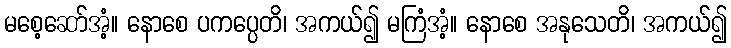
မစေ့ဆော်အံ့။ နောစေ ပကပ္ပေတိ၊ အကယ်၍ မကြံအံ့။ နောစေ အနုသေတိ၊ အကယ်၍